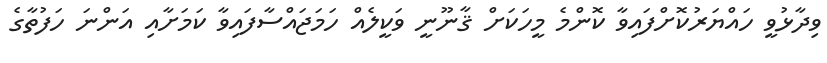
ވިދާޅުވީ ހައްޔަރުކޮށްފައިވާ ކޮންމެ މީހަކަށް ޤާނޫނީ ވަކީލެއް ހަމަޖައްސާފައިވާ ކަމަށާއި އަންނަ ހަފުތާގެ